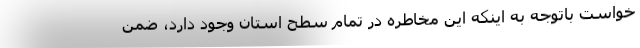
خواست باتوجه به اینکه این مخاطره در تمام سطح استان وجود دارد، ضمن